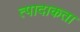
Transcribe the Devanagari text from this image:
त्पादाकता